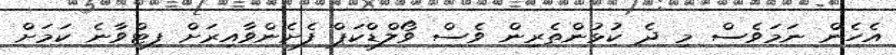
އެހެން ނަމަވެސް މި ދެ ކުޅުންތެރިން ވެސް ވޯލްޑްކަޕް ފެށެންވާއިރަށް ފިޓްވާނެ ކަމަށް